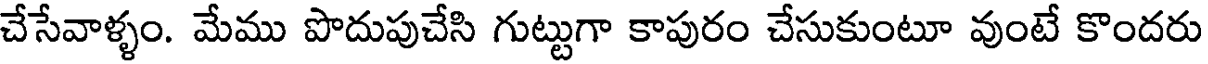
చేసేవాళ్ళం. మేము పొదుపుచేసి గుట్టుగా కాపురం చేసుకుంటూ వుంటే కొందరు